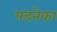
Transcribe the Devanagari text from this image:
पडनेका